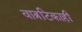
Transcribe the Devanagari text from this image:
वात्रटिकाही